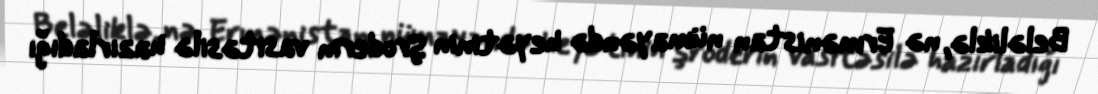
Beləliklə, nə Ermənistan nümayəndə heyətinin Şroderin vasitəsilə hazırladığı